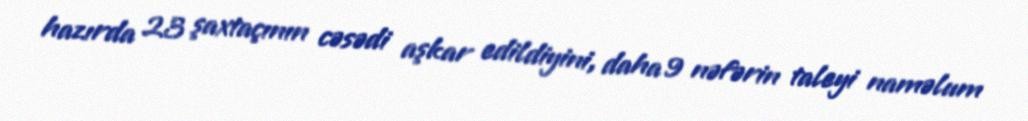
hazırda 23 şaxtaçının cəsədi aşkar edildiyini, daha 9 nəfərin taleyi naməlum